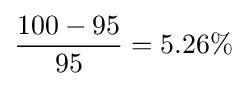
{\frac {100-95}{95}}=5.26\%